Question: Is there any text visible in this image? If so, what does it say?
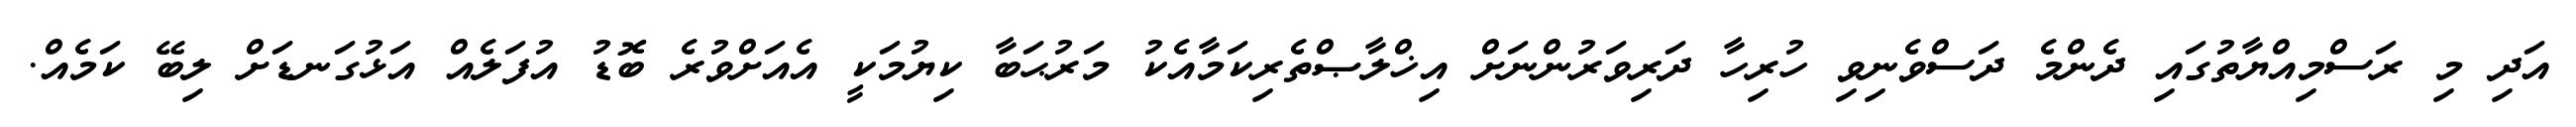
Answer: އަދި މި ރަސްމިއްޔާތުގައި ދެންމެ ދަސްވެނިވި ހުރިހާ ދަރިވަރުންނަށް އިޚްލާޞްތެރިކަމާއެކު މަރުޙަބާ ކިޔުމަކީ އެއަށްވުރެ ބޮޑު އުފަލެއް އަޅުގަނޑަށް ލިބޭ ކަމެއް.